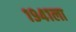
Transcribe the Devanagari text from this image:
१९४१ला